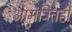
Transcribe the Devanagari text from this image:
आमंत्रितही